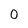
Character: 0